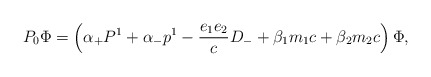
\begin{align*}P_0 {\Phi} = \left( {\alpha}_{+} P^1 + {\alpha}_{-} p^1 - \frac{e_1e_2}{c} D_{-} + {\beta}_1 m_1 c +{\beta}_2 m_2 c \right) {\Phi},\end{align*}